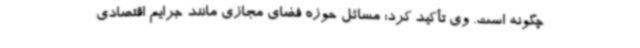
چگونه است. وی تأکید کرد: مسائل حوزه فضای مجازی مانند جرایم اقتصادی